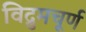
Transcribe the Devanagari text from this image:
विद्रुमचूर्ण